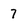
Character: 7